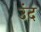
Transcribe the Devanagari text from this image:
उंद